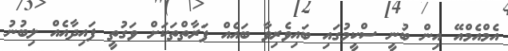
އެމްއެމްއޭ އިން ބުނީ ސްކީމުގައި ބައިވެރިވާ ބައެއް ފަރާތްތަކަށް ވަގުތީ ފައިދާއެއް ލިބުނު